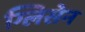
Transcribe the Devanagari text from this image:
ग्लिसेन